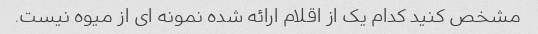
مشخص کنید کدام یک از اقلام ارائه شده نمونه ای از میوه نیست.